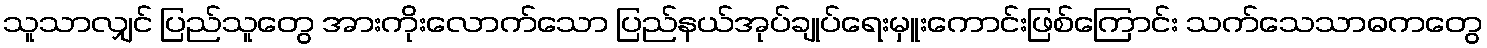
သူသာလျှင် ပြည်သူတွေ အားကိုးလောက်သော ပြည်နယ်အုပ်ချုပ်ရေးမှူးကောင်းဖြစ်ကြောင်း သက်သေသာဓကတွေ